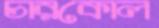
চারকোল